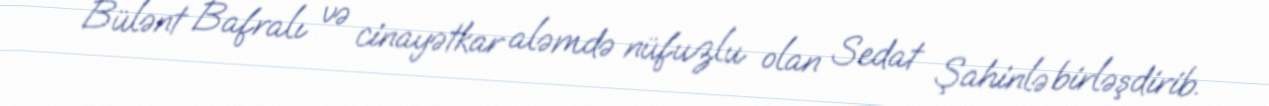
Bülənt Bafralı və cinayətkar aləmdə nüfuzlu olan Sedat Şahinlə birləşdirib.